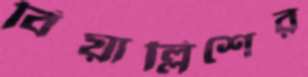
বিয়াল্লিশের